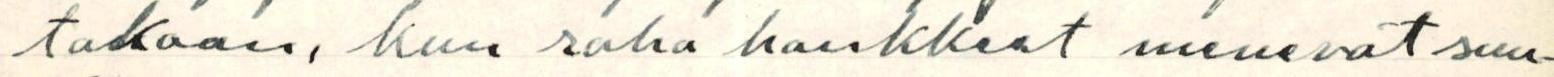
takaan, kun raha hankkeet menevät suu-